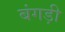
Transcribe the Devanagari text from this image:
बंगड़ी